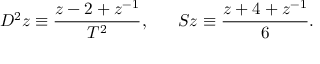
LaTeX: D ^ { 2 } z \equiv \frac { z - 2 + z ^ { - 1 } } { T ^ { 2 } } , \; \; \; \; \; \; S z \equiv \frac { z + 4 + z ^ { - 1 } } 6 .